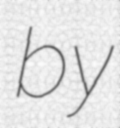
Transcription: by